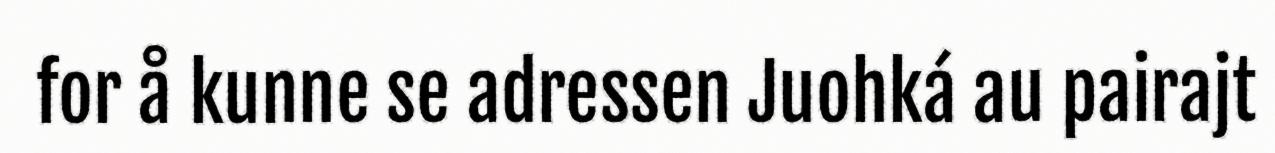
for å kunne se adressen Juohká au pairajt